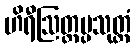
ဟိရီဩတ္တပ္ပသုတ္တံ